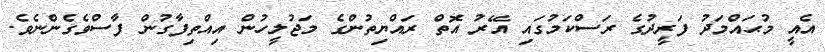
އެއީ މުޙައްމަދު ފަރީދުގެ ރަސްކަމުގައި އޭރު އޮތް ރައްޔިތުންގެ މަޖުލީހުން އިއްތިފާގުން ފާސްވެގެންނެވެ.